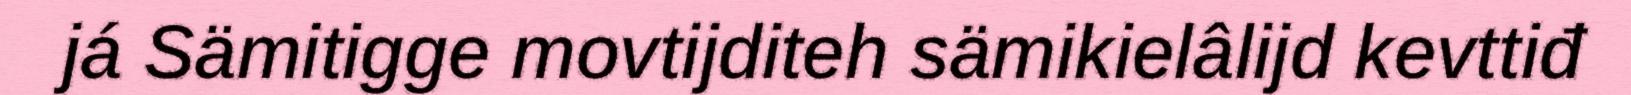
já Sämitigge movtijditeh sämikielâlijd kevttiđ